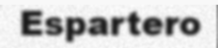
Espartero